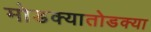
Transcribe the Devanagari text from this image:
मोडक्यातोडक्या